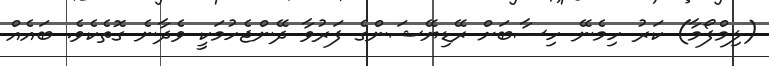
(ލިމްފޯމާ) ކަރު ހިމެނޭ ހިސާބަށް ރޭޑިޔޭޝަންގެ ފަރުވާ ދޭންޖެހުމަކީ ވެދާނެ ގޮތެކެވެ. ބައެއް